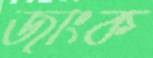
জাংক